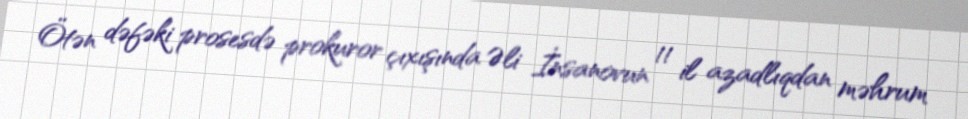
Ötən dəfəki prosesdə prokuror çıxışında Əli İnsanovun 11 il azadlıqdan məhrum